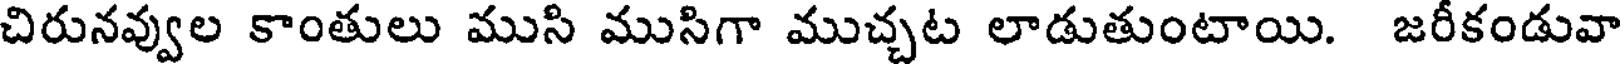
చిరునవ్వుల కాంతులు ముసి ముసిగా ముచ్చట లాడుతుంటాయి. జరీకండువా